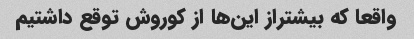
واقعا که بیشتراز این‌ها از کوروش توقع داشتیم